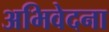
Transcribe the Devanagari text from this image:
अभिवेदना